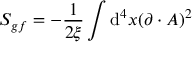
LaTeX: S _ { g f } = - { \frac { 1 } { 2 \xi } } \int \operatorname { d } \! ^ { 4 } x ( \partial \cdot A ) ^ { 2 }